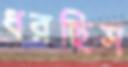
ধরছিস